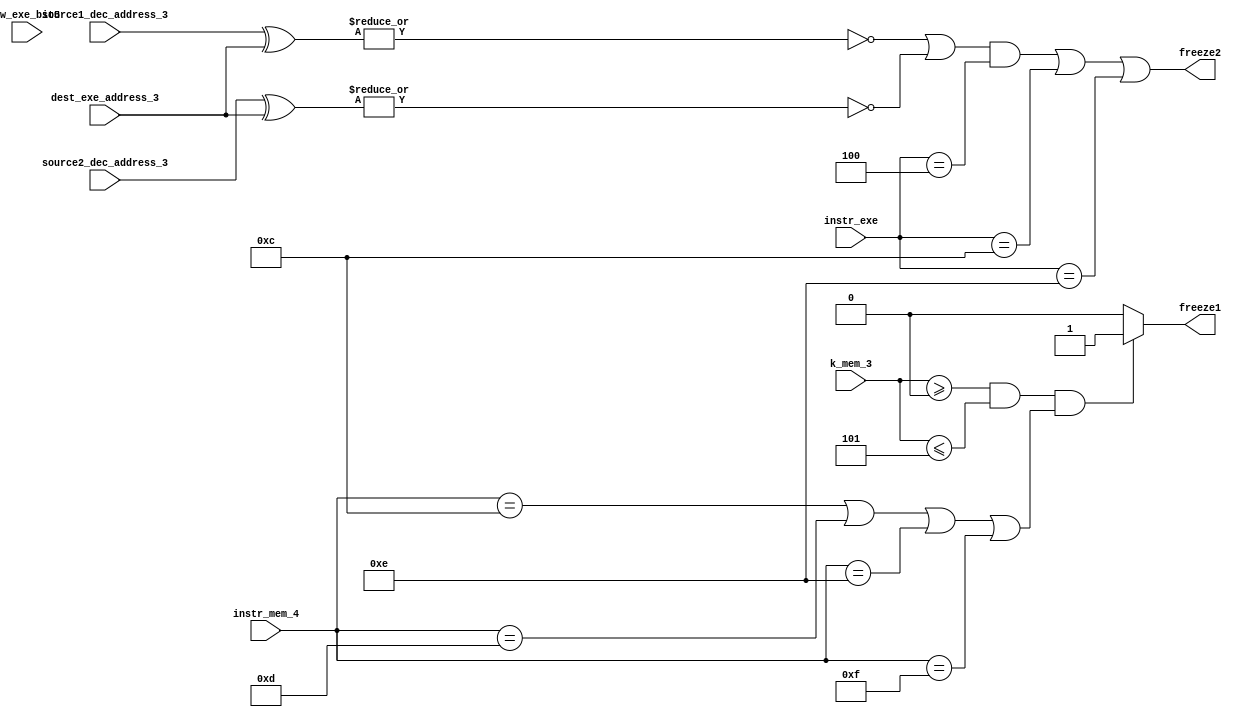
module freeze(instr_mem_4,k_mem_3,freeze1,source1_dec_address_3,source2_dec_address_3,dest_exe_address_3,cw_exe_bit5,freeze2,instr_exe);

input [3:0]instr_mem_4,instr_exe;
input [2:0] k_mem_3,source1_dec_address_3,source2_dec_address_3,dest_exe_address_3;
output freeze1,freeze2;
input cw_exe_bit5;
assign freeze1=(((k_mem_3>=3'b000 )&& (k_mem_3<=3'b101))&&((instr_mem_4==4'b1100) ||(instr_mem_4==4'b1101)||(instr_mem_4==4'b1110)||(instr_mem_4==4'b1111)))?1'b1:1'b0;
assign freeze2=((~(|(source1_dec_address_3 ^dest_exe_address_3))||(~(|(source2_dec_address_3 ^dest_exe_address_3))))&instr_exe==4'b0100)||instr_exe==4'b1100||instr_exe==4'b1110;//first condition dont satisfy LA or LM
endmodule

//testbench-working

//`timescale 1 ns/ 1 ps
//module tb_freeze;
//
//reg [3:0] tb_instr_mem_4;
//reg [2:0] tb_k_mem_3,tb_source1_dec_address_3,tb_source2_dec_address_3,tb_dest_exe_address_3;
//wire tb_freeze1,tb_freeze2;
//reg tb_cw_exe_bit5;
//freeze f1(tb_instr_mem_4,tb_k_mem_3,tb_freeze1,tb_source1_dec_address_3,tb_source2_dec_address_3,tb_dest_exe_address_3,tb_cw_exe_bit5,tb_freeze2);
//initial
//begin
//tb_instr_mem_4=4'b1001;
//tb_k_mem_3=3'b100;
//tb_source1_dec_address_3=3'b101;
//tb_source2_dec_address_3=3'b001;
//tb_dest_exe_address_3=3'b100;
//tb_cw_exe_bit5=1'b1;
//#20;
//tb_instr_mem_4=4'b1001;
//tb_k_mem_3=3'b100;
//tb_source1_dec_address_3=3'b101;
//tb_source2_dec_address_3=3'b001;
//tb_dest_exe_address_3=3'b101;
//tb_cw_exe_bit5=1'b1;
//#20;
//tb_instr_mem_4=4'b1100;
//tb_k_mem_3=3'b100;
//tb_source1_dec_address_3=3'b101;
//tb_source2_dec_address_3=3'b001;
//tb_dest_exe_address_3=3'b001;
//tb_cw_exe_bit5=1'b1;
//#20;
//tb_instr_mem_4=4'b1111;
//tb_k_mem_3=3'b100;
//tb_source1_dec_address_3=3'b101;
//tb_source2_dec_address_3=3'b100;
//tb_dest_exe_address_3=3'b100;
//tb_cw_exe_bit5=1'b0;
//#20;
//tb_instr_mem_4=4'b1111;
//tb_k_mem_3=3'b110;
//tb_source1_dec_address_3=3'b001;
//tb_source2_dec_address_3=3'b001;
//tb_dest_exe_address_3=3'b001;
//#20;
//end
//endmodule